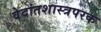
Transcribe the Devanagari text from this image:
वेदांतशास्त्रपरक